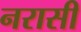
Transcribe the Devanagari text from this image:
नरासी